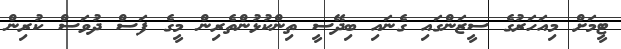
ޓީމަށް މިއަހަރުގެ ސީޒަންގައި ގެނައި ބިދޭސީ ތިންކުޅުންތެރިން މީގެ ފަސް ދުވަސް ކުރިން